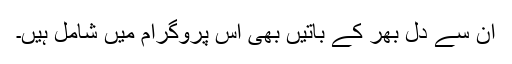
ان سے دل بھر کے باتیں بھی اس پروگرام میں شامل ہیں۔